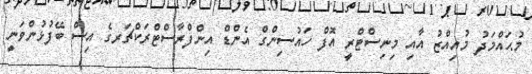
މުޙައްމަދު މުއިއްޒު އާއި މިނިސްޓްރީ އޮފް ހައުސިންގް އެންޑް އިންފްރާސްޓްރަކްޗަރގެ އިސް ބޭފުޅުންވަނީ